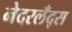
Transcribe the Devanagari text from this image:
नेदरलँद्स